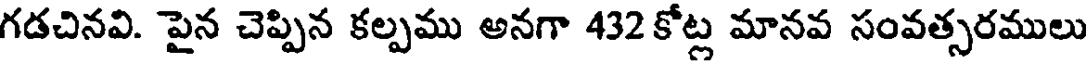
గడచినవి. పైన చెప్పిన కల్పము అనగా 432 కోట్ల మానవ సంవత్సరములు